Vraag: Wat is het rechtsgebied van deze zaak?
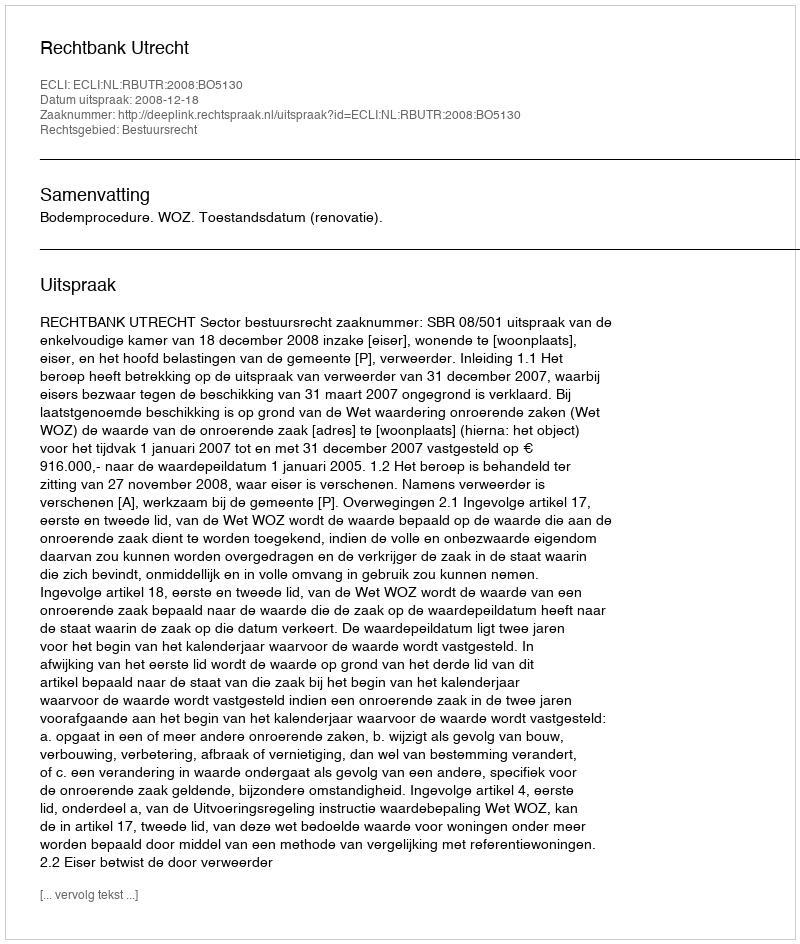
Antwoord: Bestuursrecht